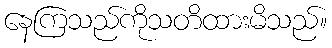
နေကြသည်ကိုသတိထားမိသည်။